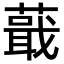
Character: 蕺